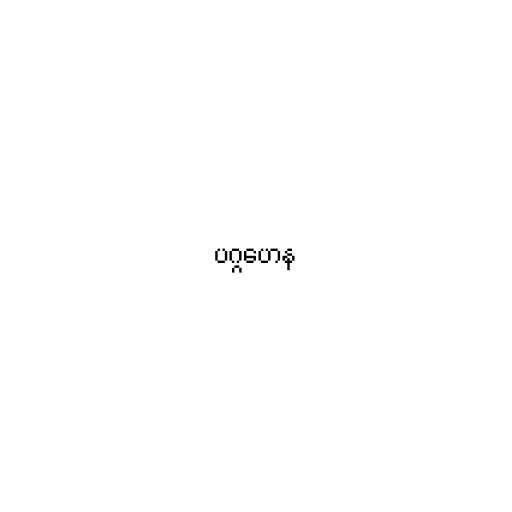
ပဂ္ဂဟေန